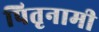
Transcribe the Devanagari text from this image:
पितृनामी